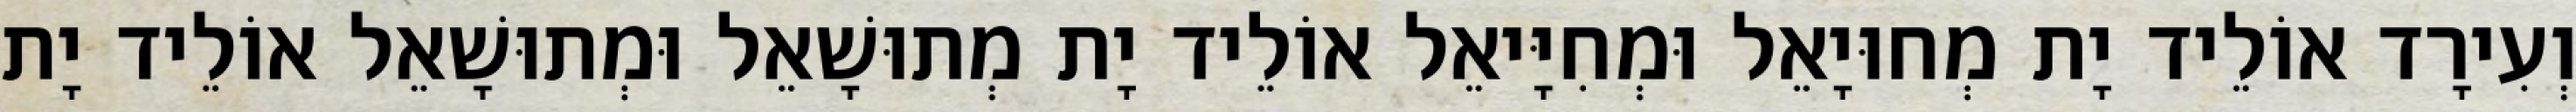
וְעִירָד אוֹלֵיד יָת מְחוּיָאֵל וּמְחִיָּיאֵל אוֹלֵיד יָת מְתוּשָׁאֵל וּמְתוּשָׁאֵל אוֹלֵיד יָת